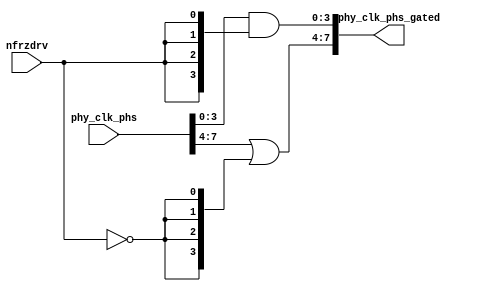
// This program was cloned from: https://github.com/chipsalliance/aib-phy-hardware
// License: Apache License 2.0

// SPDX-License-Identifier: Apache-2.0
// Copyright (C) 2019 Intel Corporation. 
//------------------------------------------------------------------------
//
// Revision:    $Revision: #1 $
//------------------------------------------------------------------------
// Description: gated 8 clock phases for powerdown and regulator power domain crossing
//
//------------------------------------------------------------------------

module io_phs_gated (
input          nfrzdrv,           	// power down active low
input    [7:0] phy_clk_phs,             // 8 phase 1.6GHz local clock
output   [7:0] phy_clk_phs_gated        // gated 8 phase 1.6GHz local clock
);

`ifdef TIMESCALE_EN
                timeunit 1ps;
                timeprecision 1ps;
`endif

parameter  INV_DELAY      = 15;  // 15ps

assign #(2 * INV_DELAY) phy_clk_phs_gated[3:0] = phy_clk_phs[3:0] & {4{nfrzdrv}};
assign #(2 * INV_DELAY) phy_clk_phs_gated[7:4] = phy_clk_phs[7:4] | {4{~nfrzdrv}};

endmodule